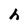
Character: h